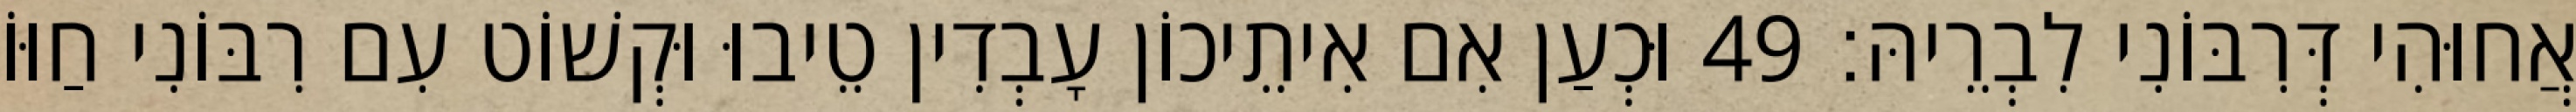
אֲחוּהִי דְּרִבּוֹנִי לִבְרֵיהּ׃ 49 וּכְעַן אִם אִיתֵיכוֹן עָבְדִין טֵיבוּ וּקְשׁוֹט עִם רִבּוֹנִי חַוּוֹ